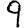
Digit: 9